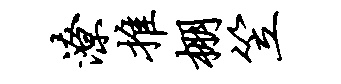
潦推棚笠